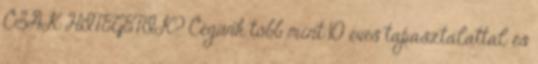
CSAK HITEGETIK? Cégünk több mint 10 éves tapasztalattal és